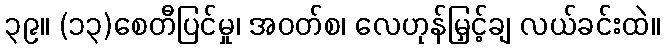
၃၉။ (၁၃)စေတီပြင်မှု၊ အဝတ်စ၊ လေဟုန်မြှင့်ချ လယ်ခင်းထဲ။